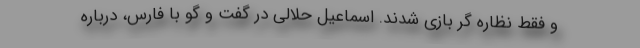
و فقط نظاره گر بازی شدند. اسماعیل حلالی در گفت و گو با فارس، درباره